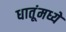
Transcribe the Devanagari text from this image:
धातूंमध्ये